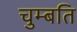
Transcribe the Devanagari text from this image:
चुम्बति